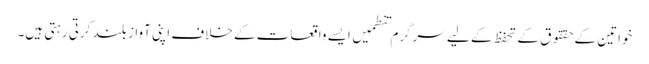
خواتین کے حققوق کے تحفظ کے لیے سرگرم تنطمیں ایسے واقعات کے خلاف اپنی آواز بلند کرتی رہتی ہیں۔